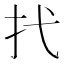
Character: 𢩮